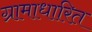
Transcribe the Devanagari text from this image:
ग्रामाधारित